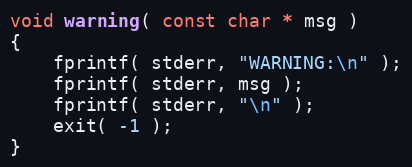
Language: C++
void warning( const char * msg )
{
	fprintf( stderr, "WARNING:\n" );
	fprintf( stderr, msg );
	fprintf( stderr, "\n" );
	exit( -1 );
}